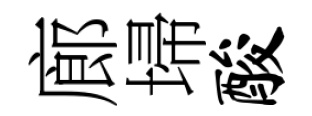
廊埽酸